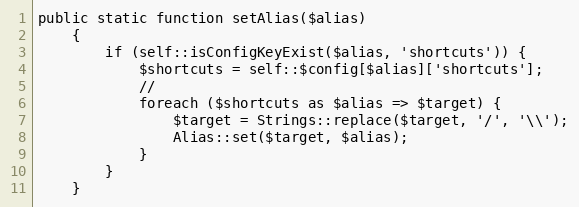
Language: PHP
public static function setAlias($alias)
    {
        if (self::isConfigKeyExist($alias, 'shortcuts')) {
            $shortcuts = self::$config[$alias]['shortcuts'];
            //
            foreach ($shortcuts as $alias => $target) {
                $target = Strings::replace($target, '/', '\\');
                Alias::set($target, $alias);
            }
        }
    }